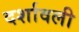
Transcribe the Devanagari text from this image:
दर्शावली